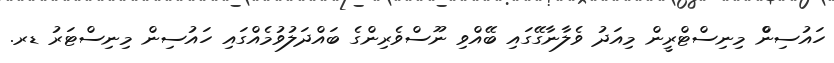
ހައުސިންް މިނިސްޓްރީން މިއަދު ވެލާނާގޭގައި ބޭއްވި ނޫސްވެރިންގެ ބައްދަލުވުމެއްގައި ހައުސިން މިނިސްޓަރު ޑރ.